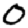
Digit: 0